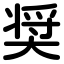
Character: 奨